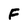
Character: F